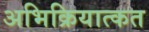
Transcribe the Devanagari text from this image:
अभिक्रियात्कत